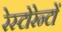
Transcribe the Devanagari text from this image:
रेस्टोरेन्टों